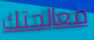
معالجتك